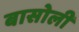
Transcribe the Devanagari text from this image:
बासोली